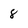
Character: 8